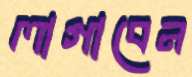
লাগাবেন